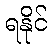
ရနိုင်